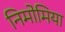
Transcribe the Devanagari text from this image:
निमोमिया